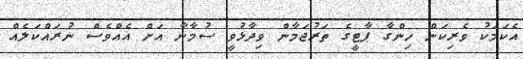
އެކަމަކު ވެރިކަން ހިންގާ ޕާޓީގެ ތަރުޖަމާން ވިދާޅުވީ ސުމާނާ އަށް އެއްވެސް ނުރައްކަލެއް